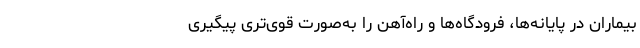
بیماران در پایانه‌ها، فرودگاه‌ها و راه‌آهن را به‌صورت قوی‌تری پیگیری